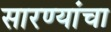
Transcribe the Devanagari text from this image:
सारण्यांचा